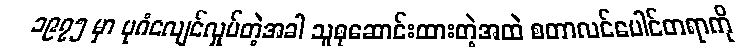
၁၉၇၅ မှာ ပုဂံငလျင်လှုပ်တဲ့အခါ သူစုဆောင်းထားတဲ့အထဲ စတာလင်ပေါင်တရာကို